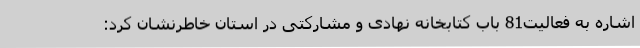
اشاره به فعالیت81 باب کتابخانه نهادی و مشارکتی در استان خاطرنشان کرد: